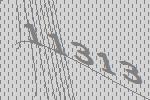
11313